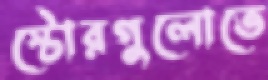
স্টোরগুলোতে